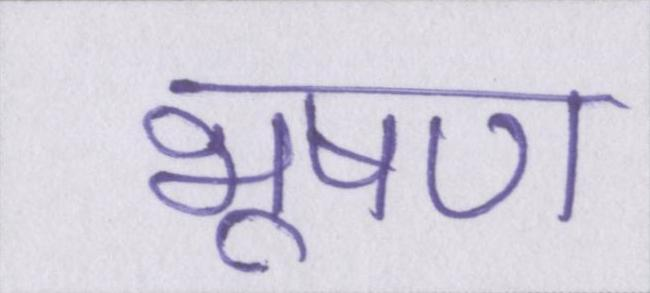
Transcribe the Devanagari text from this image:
भूषण